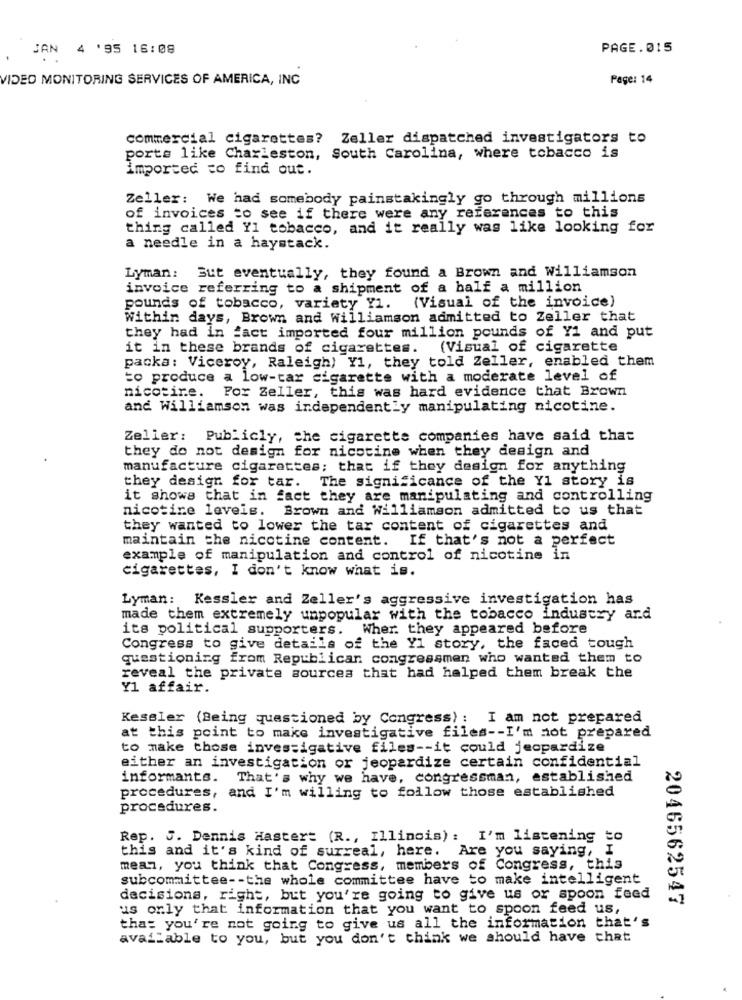
JAN 4 '95 16:08
PAGE.015
VIDEO MONITORING SERVICES OF AMERICA, INC
Page: 14
commercial cigarettes? Zeller dispatched investigators to
ports like Charleston, South Carolina, where tobacco is
imported to find out.
Zeller: We had somebody painstakingly go through millions
of invoices to see if there were any references to this
thing called Y1 tobacco, and it really was like looking for
a needle in a haystack.
Lyman: Sut eventually, they found a Brown and Williamson
invoice referring to a shipment of a half a million
pounds of tobacco, variety Y1. (Visual of the invoice)
Within days, Brown and Williamson admitted to Zeller that
they had in fact imported four million pounds of Y1 and put
it in these brands of cigarettes.
(Visual of cigarette
packa: Viceroy, Raleigh) Y1, they told Zeller, enabled them
to produce a low-tar cigarette with a moderate level of
nicotine. Por Zeller, this was hard evidence that Brown
and Williamson was independently manipulating nicotine.
Zeller: Publicly, che cigarette companies have said that
they do not design for nicotine when they design and
manufacture cigarettes; that if they design for anything
they design for tar. The significance of the Yl story is
it shows that in fact they are manipulating and controlling
nicotine levels. Brown and Williamson admitted to us that
they wanted to lower the tar content of cigarettes and
maintain the nicotine content. If that's not a perfect
example of manipulation and control of nicotine in
cigarettes, I don't know what is.
Lyman: Kessler and Zeller's aggressive investigation has
made them extremely unpopular with the tobacco industry ard
its political supporters.
Wher. they appeared before
Congress to give details of the Y1 story, the faced tough
questioning from Republican congressmen who wanted them to
reveal the private sources that had helped them break the
Y1 affair.
Kessler (Being questioned by Congress) : I am not prepared
at this point to make investigative files -- I'm not prepared
to make those investigative files -- it could jeopardize
either an investigation or jeopardize certain confidential
informants. That's why we have, congressman, established
procedures, and I'm willing to follow those established
procedures.
Rep. J. Dennis Haster: (R ., Illinois) : I'm listening to
this and it's kind of surreal, here. Are you saying, I
mean, you think that Congress, members of Congress, this
subcommittee -- the whole committee have to make intelligent
decisions, right, but you're going to give us or spoon feed
2046562547
us orly that information that you want to spoon feed us,
that you're not going to give us all the information that's
available to you, but you don't think we should have that